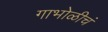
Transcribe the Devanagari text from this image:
गाभोळीचं